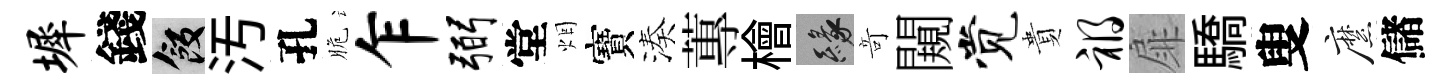
墀錢飯汚孔脆乍弼堂烟寶湊蓴檜緣竒闚觉貴祸扉驕叟縻儲